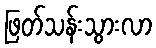
ဖြတ်သန်းသွားလာ